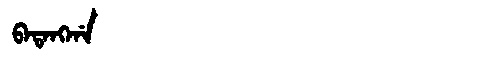
Manchu: ᠪᠠᡨᠠᠩᡤᠠ
Romanization: BATANGGA